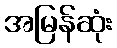
အမြန်ဆုံး